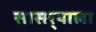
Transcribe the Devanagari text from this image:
सासर्‍याला